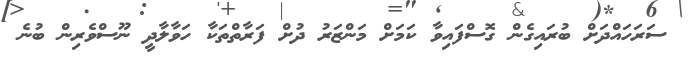
ސަރަހައްދަށް ބުރައިގެން ގޮސްފައިވާ ކަމަށް މަންޒަރު ދުށް ފަރާތްތަކާ ހަވާލާދީ ނޫސްވެރިން ބުނެ